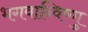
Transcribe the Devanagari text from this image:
भगवान्विष्णु